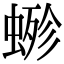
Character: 𧍿